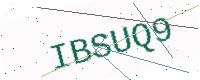
Text: IBSUQ9